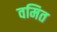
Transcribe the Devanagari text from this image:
वमित